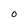
Character: O